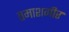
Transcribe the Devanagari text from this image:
तमाशगीर